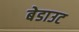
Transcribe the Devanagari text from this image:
बेडाउट